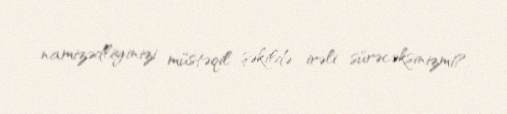
namizədliyinizi müstəqil şəkildə irəli sürəcəksinizmi?.